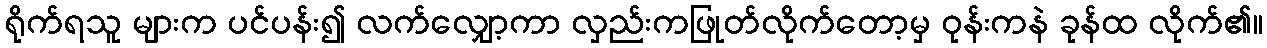
ရိုက်ရသူ များက ပင်ပန်း၍ လက်လျှော့ကာ လှည်းကဖြုတ်လိုက်တော့မှ ဝုန်းကနဲ ခုန်ထ လိုက်၏။